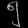
Digit: ၅